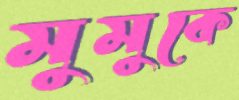
মুমুকে